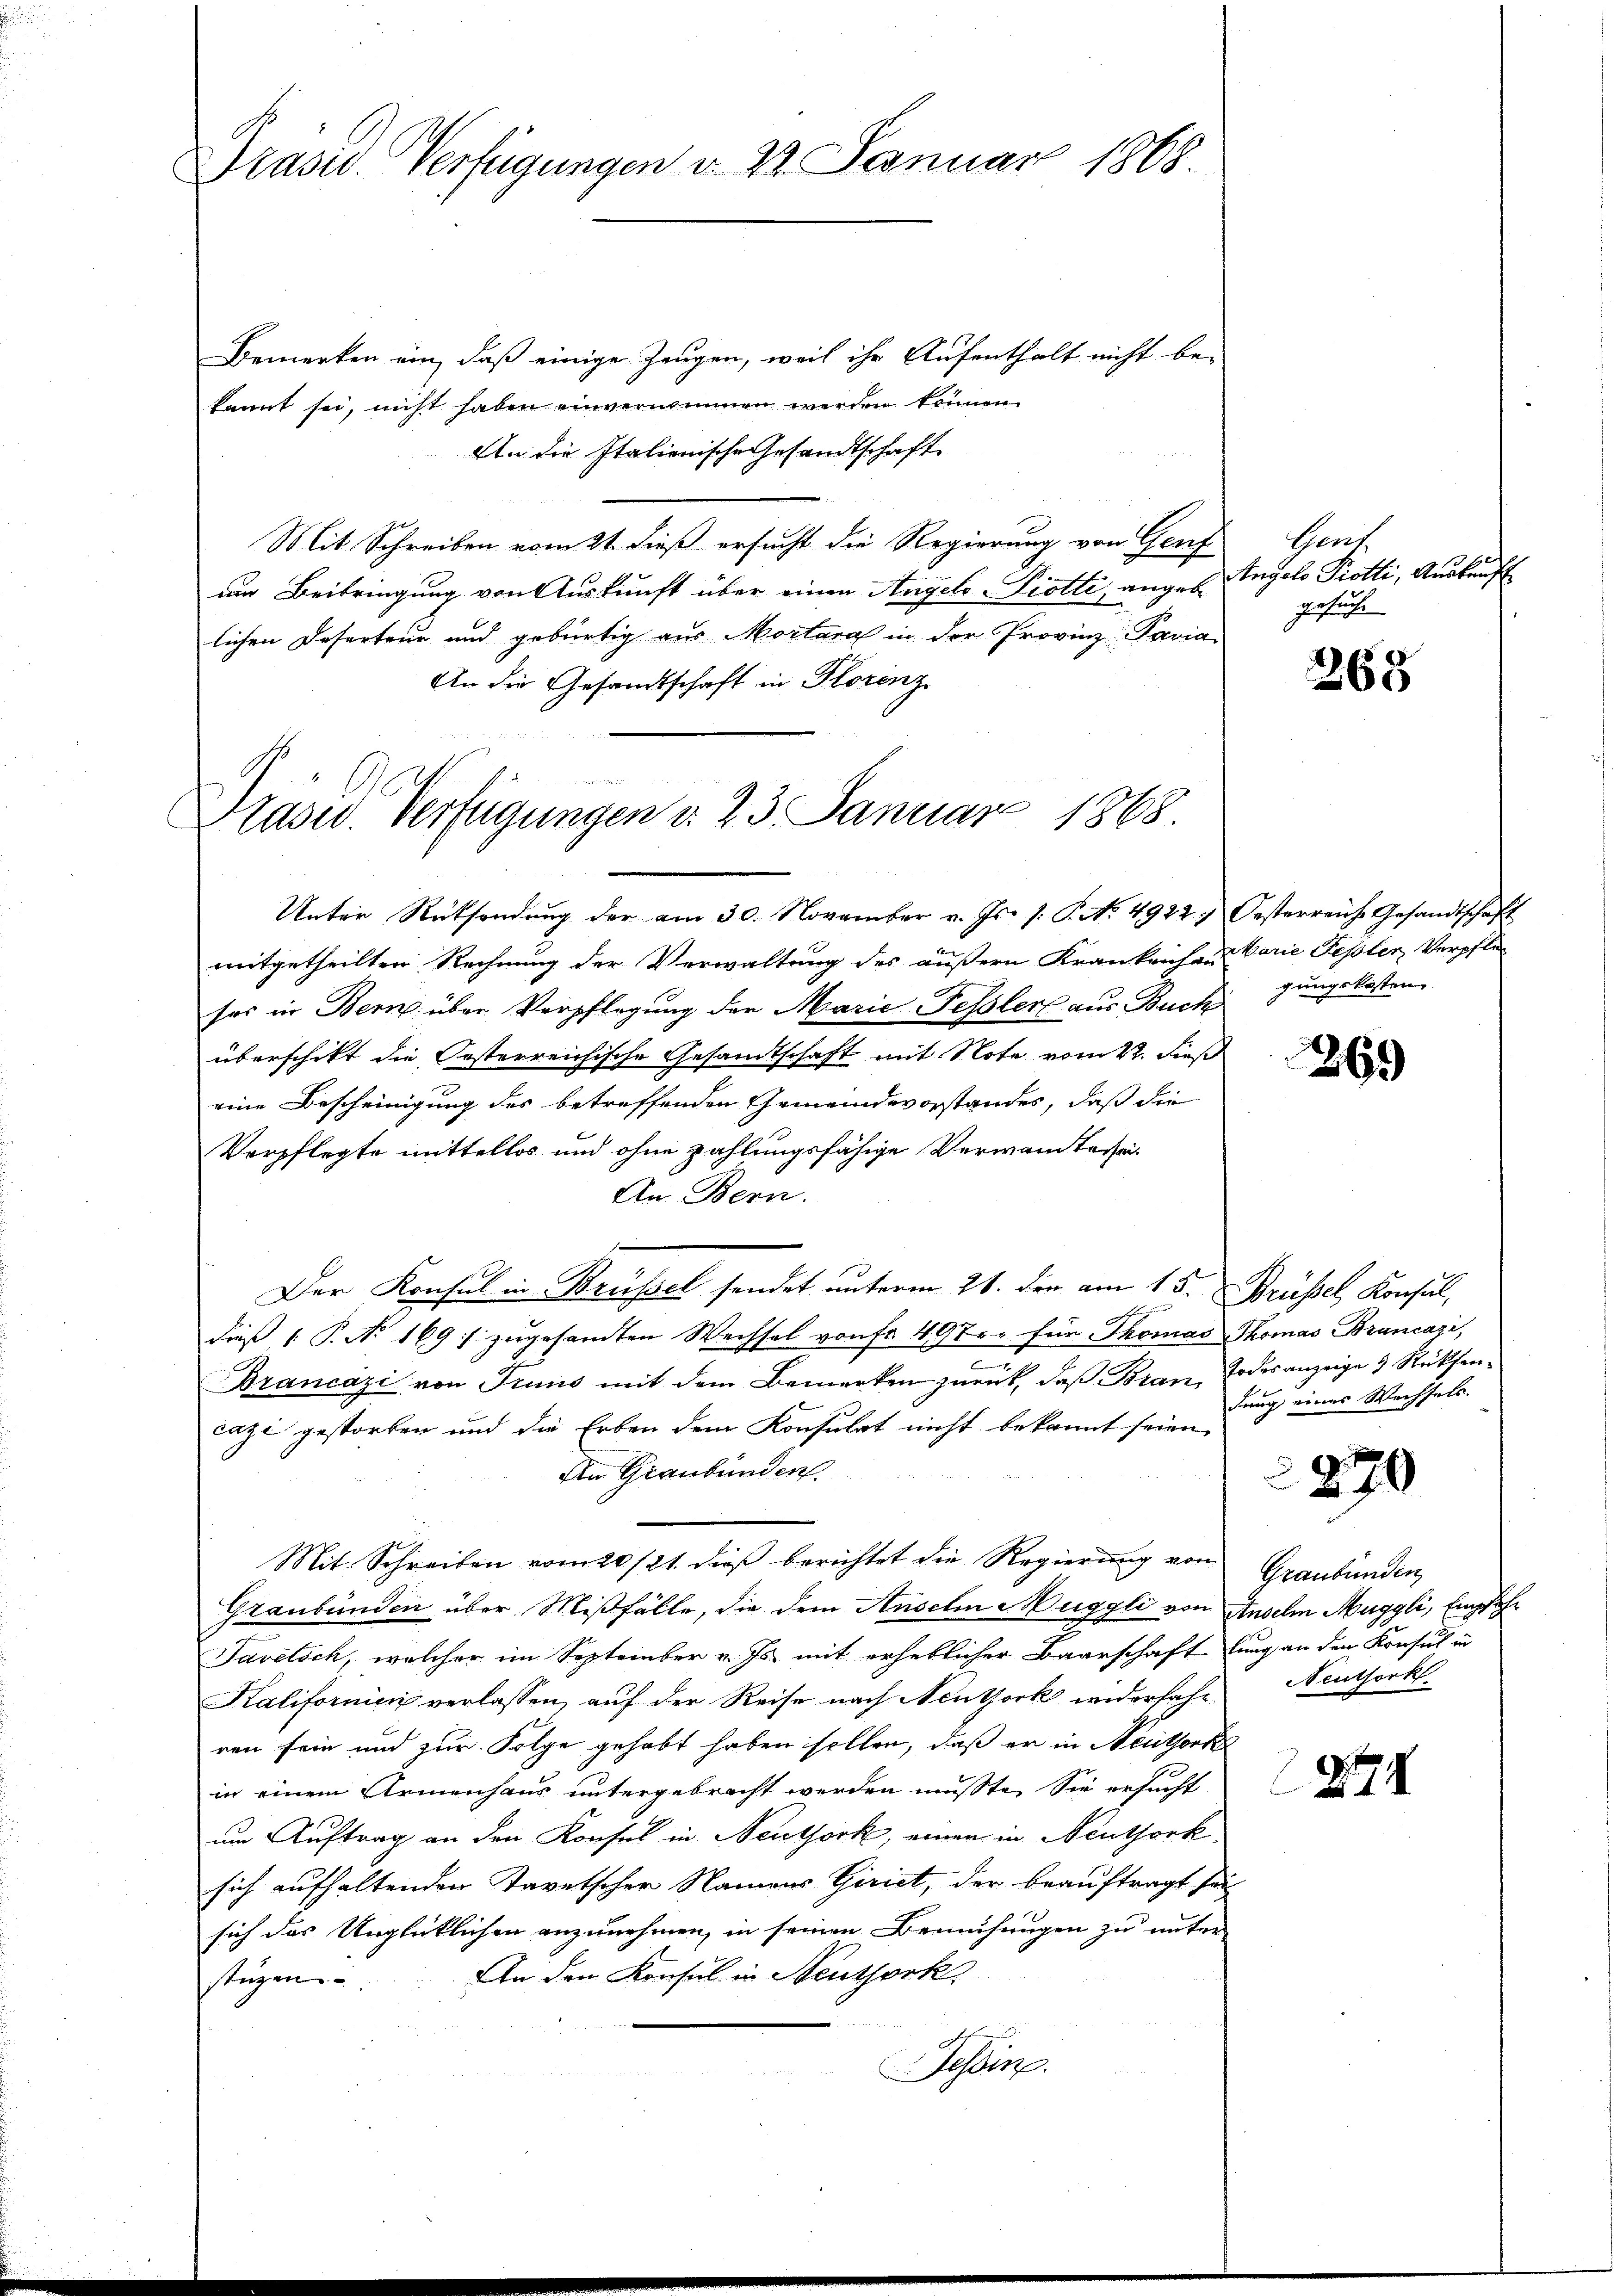
Präses Verfügungen v. 22. Januar 1868.

125
Präsid. Verfügungen d. 23. Januar 1868.

Bemerken ein, daß einige Zeugen, weil ihr Aufenthalt nicht be-
kannt sei, nicht haben einvernommen werden können.
An die Italionische Gesandtschaft
Mit Schreiben vom 21. dieß ersucht die Regierung von Genf
um Beitringung von Auskunft über einen Angelo-Piotti, angebe
lichen Deserteur und gebürtig aus Mortara in der Provinz Paria
An die Gesandtschaft in Florenz
Unter Rücksendung der am 30. November v. Js. 1. P. No. 4922, Oesterreiche Gesandtschaft
mitgetheilten Rechnung der Verwaltung des äußern Krankreichen Varie Fessler Verpfle
sos in Bern über Verpflegung der Marie-Fessler aus Buch
überschikt die Oesterreichische Gesandtschaft mit Note vom 22. dieß
eine Bescheinigung des betreffenden Gemeindevorstandes, daß die
Verpflegte mittellos und ohne zahlungsfähige Verwandtessei¬
An Bern.
Der Konsul in Brüssel sendet unterm 21. den am 15. Brüssel, Konsul,
dieß ( P. No 169 :/ zugesamten Wechsel von Fr. 497. für Thomas Thomas Brancazi,
.
Brancazi von Truns mit dem Bemerken zŭrück, daβ Bran, Todesanzeige & Rücksencazi gestorben und die Erben dem Konsulat nicht bekannt seien,
An Graubünden.
Mit Schreiben vom 20./21. dieß berichtet die Regierung von Graubünden
Graubünden über Mißfälle, die dem Anselm Muggli von Anselm Muggli, Empfeh¬
Javetsch, welcher im September v. Js. mit erheblicher Baarschaft lung an den Konsul in
Kalifornici verlassen, auf der Reise nach Neuthork widerfahr
ren sein und zur Folge gehabt haben sollen, daß er in Neuthork
in einem Armenhaus untergebracht werden musste. Sie ersucht
um Auftrag an den Konsul in Neuthork, einen in Neuthork
sich aufhaltenden Tavetscher Namens Girict, der beauftragt sei
sich das Unglücklichen anzunehmen, in seinen Bemühungen zu unter
An den Konsul in Neuthork
stügen.
Tessin.

Genf
Angelo Piotti, Auskauft
gesuche

263

gungskosten

369

dung eines Wechsels.

270

Neuthork

XII